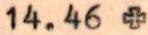
14.46 +